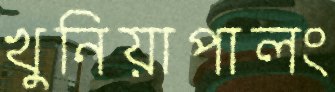
খুনিয়াপালং